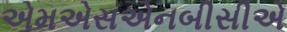
એમએસએનબીસીએ